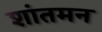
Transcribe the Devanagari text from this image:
शांतमन